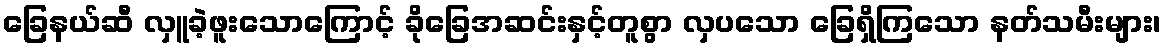
ခြေနယ်ဆီ လှူခဲ့ဖူးသောကြောင့် ခိုခြေအဆင်းနှင့်တူစွာ လှပသော ခြေရှိကြသော နတ်သမီးများ၊